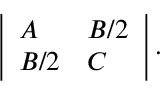
\left| { \begin{array} { l l } { A } & { B / 2 } \\ { B / 2 } & { C } \end{array} } \right| .